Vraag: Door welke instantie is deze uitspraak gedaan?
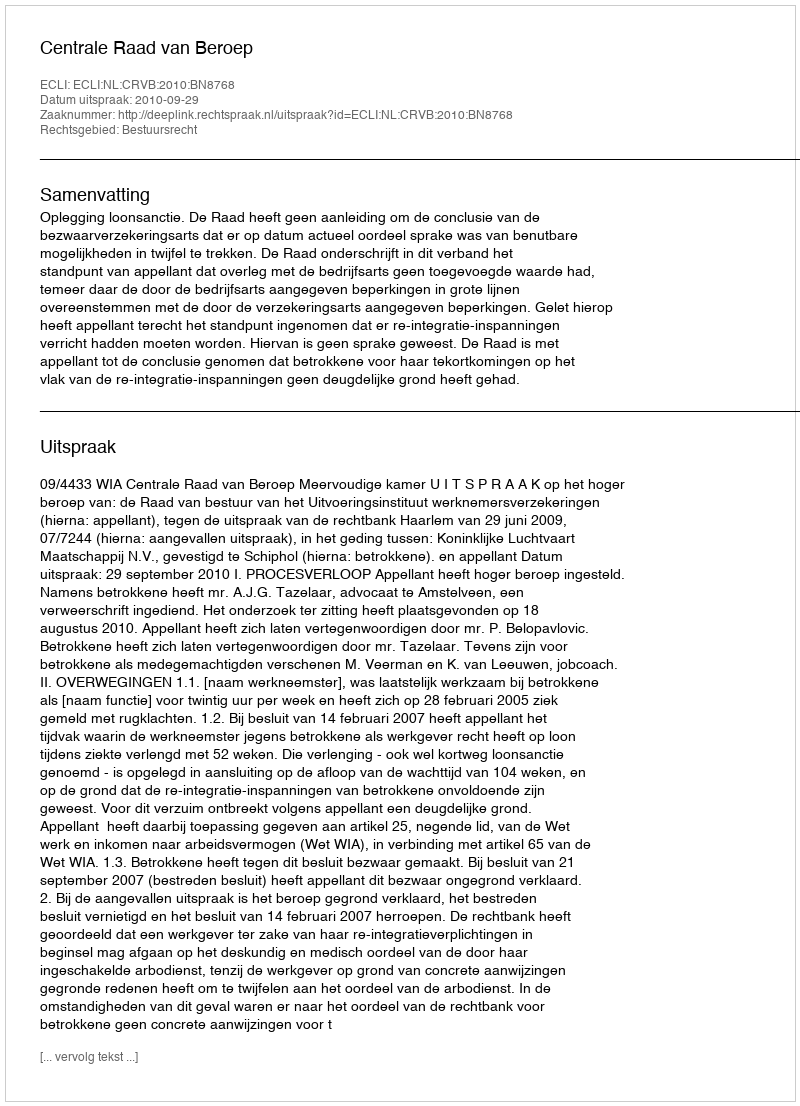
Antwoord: Centrale Raad van Beroep